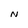
Character: N